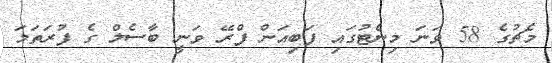
މެޗުގެ 58 ވަނަ މިނެޓުގައި ފަބިއަން ފްރޭ ވަނީ ބާސެލް ގެ ފުރަތަމަ